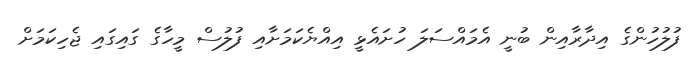
ފުލުހުންގެ އިދާރާއިން ބުނީ އެމައްސަލަ ހުށައެޅީ އިއްޔެކަމަށާއި ފުލުސް މީހާގެ ގައިގައި ޖެހިކަމަށް